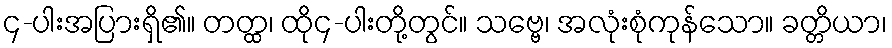
၄-ပါးအပြားရှိ၏။ တတ္ထ၊ ထို၄-ပါးတို့တွင်။ သဗ္ဗေ၊ အလုံးစုံကုန်သော။ ခတ္တိယာ၊